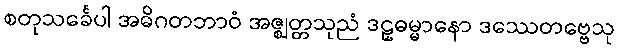
စတုသင်္ခေပါ အဓိဂတဘာဝံ အဇ္ဈတ္တသုညံ ဒဠှဓမ္မာနော ဒဿေတဗ္ဗေသု